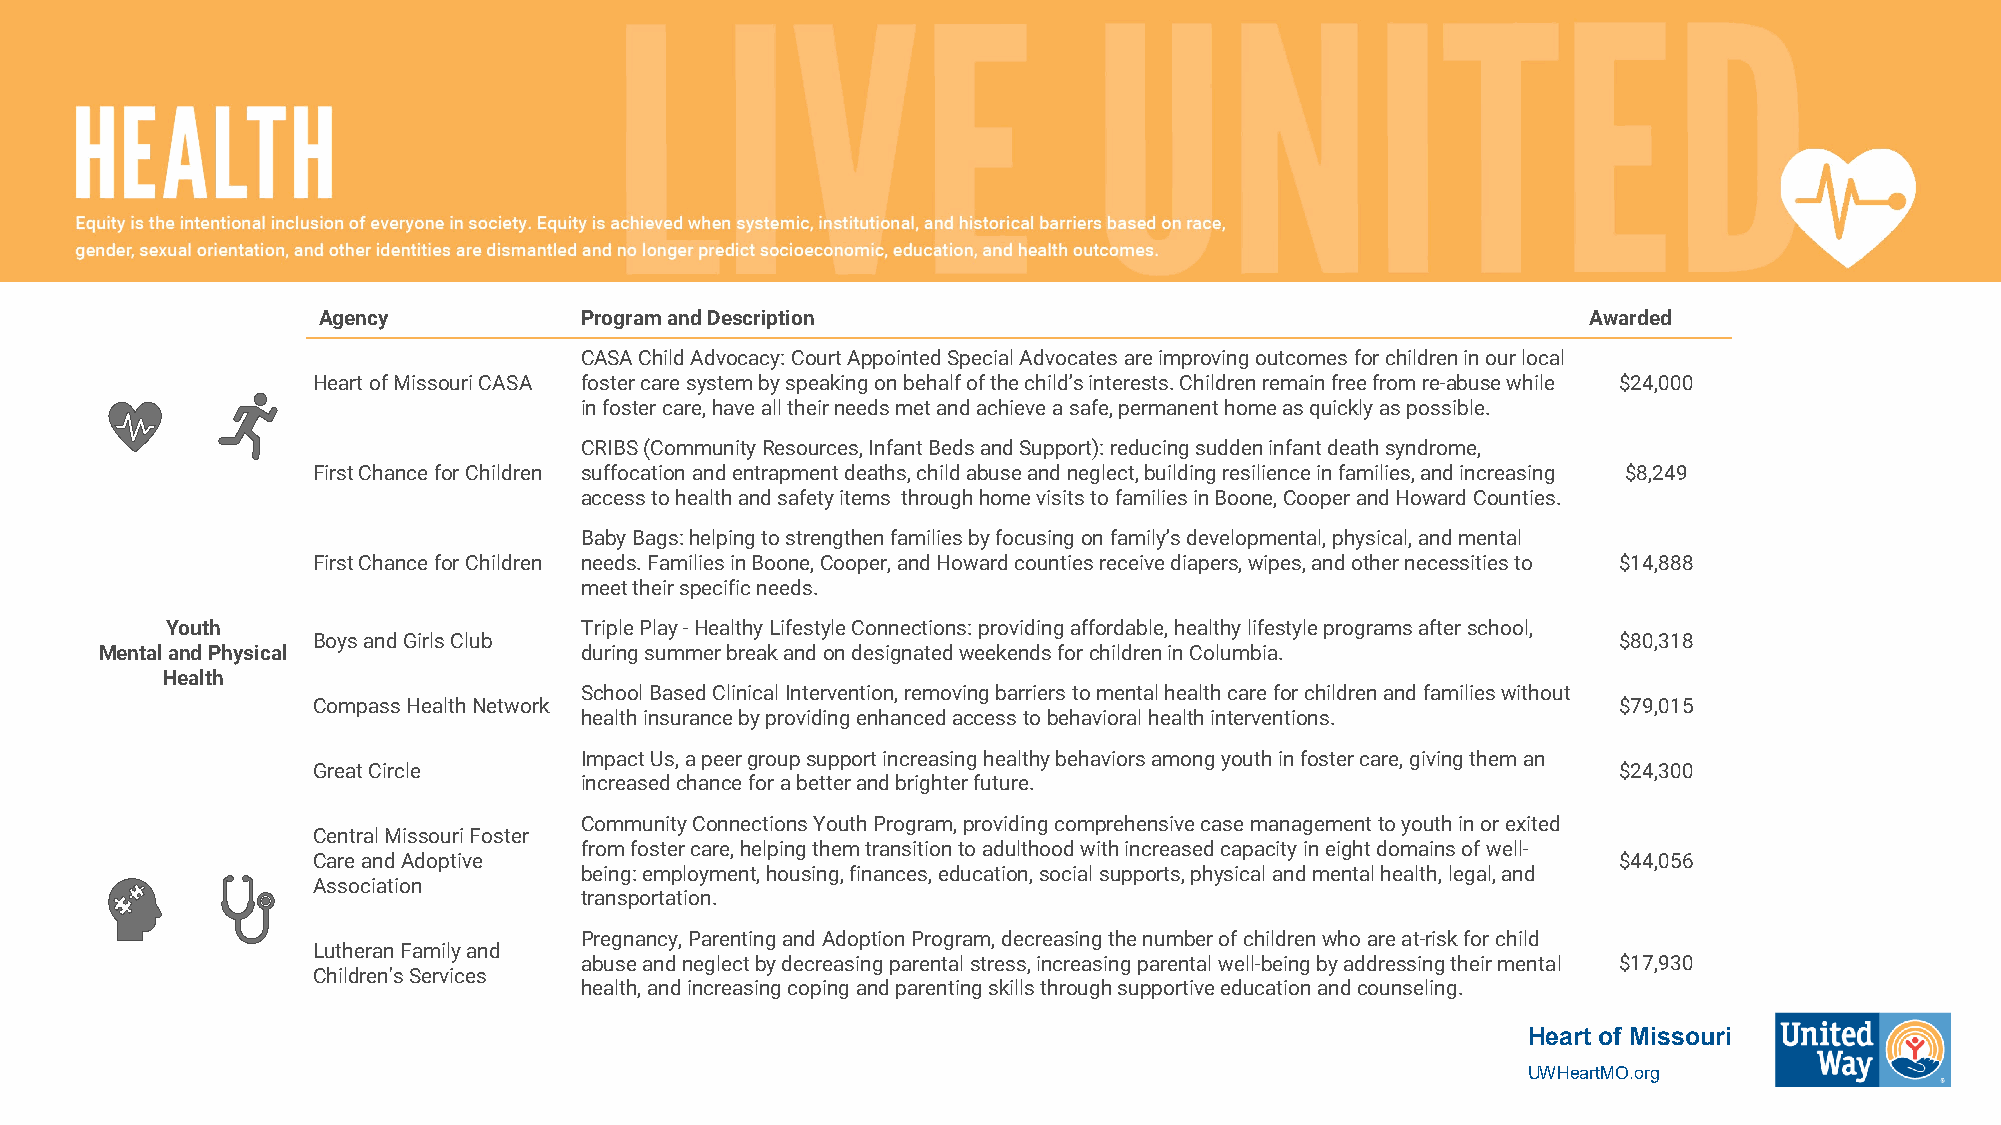
Agency           Program and Description                                            Awarded
 CASA Child Advocacy: Court Appointed Special Advocates are improving outcomes for children in our local
 Heart of Missouri CASA foster care system by speaking on behalf of the child’s interests. Children remain free from re-abuse while $24,000
 in foster care, have all their needs met and achieve a safe, permanent home as quickly as possible.
 CRIBS (Community Resources, Infant Beds and Support): reducing sudden infant death syndrome,
 First Chance for Children suffocation and entrapment deaths, child abuse and neglect, building resilience in families, and increasing $8,249
 access to health and safety items through home visits to families in Boone, Cooper and Howard Counties.
 Baby Bags: helping to strengthen families by focusing on family’s developmental, physical, and mental
 First Chance for Children needs. Families in Boone, Cooper, and Howard counties receive diapers, wipes, and other necessities to $14,888
 meet their specific needs.
 Youth                      Triple Play -Healthy Lifestyle Connections: providing affordable, healthy lifestyle programs after school,
 Boys and Girls Club                                                                   $80,318
 Mental and Physical            during summer break and on designated weekends for children in Columbia.
 Health
 School Based Clinical Intervention, removing barriers to mental health care for children and families without
 Compass Health Network                                                                $79,015
 health insurance by providing enhanced access to behavioral health interventions.
 Impact Us, a peer group support increasing healthy behaviors among youth in foster care, giving them an
 Great Circle                                                                          $24,300
 increased chance for a better and brighter future.
 Community Connections Youth Program, providing comprehensive case management to youth in or exited
 Central Missouri Foster
 from foster care, helping them transition to adulthood with increased capacity in eight domains of well-
 Care and Adoptive                                                                     $44,056
 being: employment, housing, finances, education, social supports, physical and mental health, legal, and
 Association
 transportation.
 Pregnancy, Parenting and Adoption Program, decreasing the number of children who are at-risk for child
 Lutheran Family and
 abuse and neglect by decreasing parental stress, increasing parental well-being by addressing their mental $17,930
 Children's Services
 health, and increasing coping and parenting skills through supportive education and counseling.
 Heart of Missouri
 UWHeartMO.org